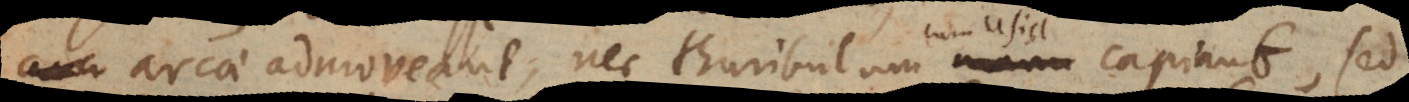
arcae admoveant, nec thuribulum manu cum